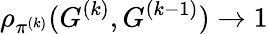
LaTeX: \rho_{\pi^{(k)}}(G^{(k)},G^{(k-1)})\to 1